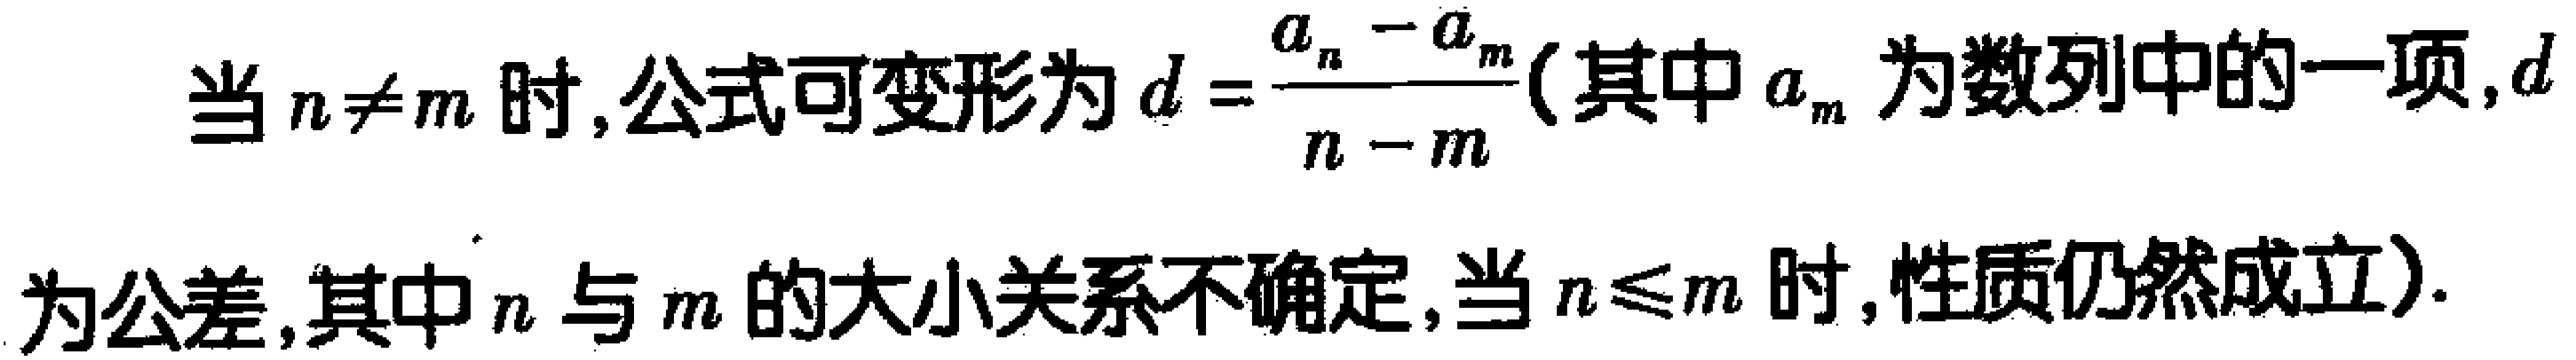
当 \(n \neq m\) 时,公式可变形为 \(d = \frac{a_{n}-a_{m}}{n - m}\)(其中 \(a_{m}\) 为数列中的一项,\(d\) 为公差,其中 \(n\) 与 \(m\) 的大小关系不确定,当 \(n \leq m\) 时,性质仍然成立).